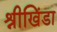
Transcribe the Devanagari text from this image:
श्रीखिंडा